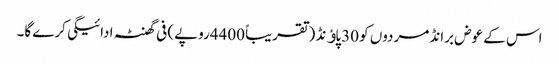
اس کے عوض برانڈ مردوں کو 30پاﺅنڈ (تقریباً 4400روپے) فی گھنٹہ ادائیگی کرے گا۔